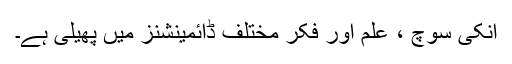
انکی سوچ ، علم اور فکر مختلف ڈائمینشنز میں پھیلی ہے۔